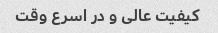
کیفیت عالی و در اسرع وقت